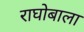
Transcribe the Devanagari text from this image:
राघोबाला